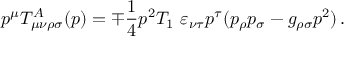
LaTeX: p ^ { \mu } T _ { \mu \nu \rho \sigma } ^ { A } ( p ) = \mp \frac { 1 } { 4 } p ^ { 2 } T _ { 1 } \ \varepsilon _ { \nu \tau } p ^ { \tau } ( p _ { \rho } p _ { \sigma } - g _ { \rho \sigma } p ^ { 2 } ) \, .